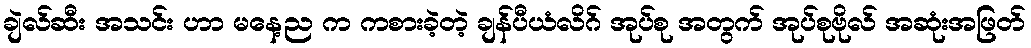
ချဲလ်ဆီး အသင်း ဟာ မနေ့ည က ကစားခဲ့တဲ့ ချန်ပီယံလိဂ် အုပ်စု အတွက် အုပ်စုဗိုလ် အဆုံးအဖြတ်